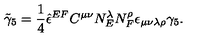
{ \tilde { \gamma } _ { 5 } } = \frac 1 4 { \hat { \epsilon } } ^ { E F } C ^ { \mu \nu } N _ { E } ^ { \lambda } N _ { F } ^ { \rho } \epsilon _ { \mu \nu \lambda \rho } \gamma _ { 5 } .